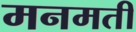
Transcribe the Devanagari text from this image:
मनमती